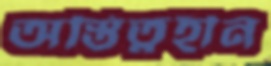
অস্তিত্বহীন